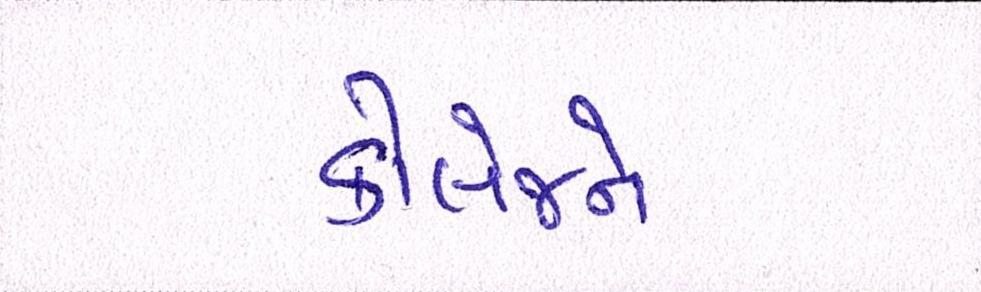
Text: કોલેજને